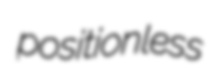
positionless